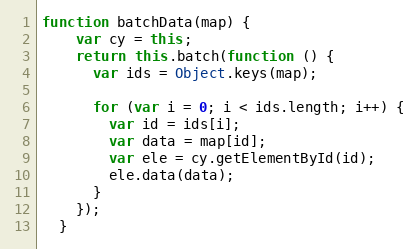
Language: JavaScript
function batchData(map) {
    var cy = this;
    return this.batch(function () {
      var ids = Object.keys(map);

      for (var i = 0; i < ids.length; i++) {
        var id = ids[i];
        var data = map[id];
        var ele = cy.getElementById(id);
        ele.data(data);
      }
    });
  }